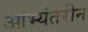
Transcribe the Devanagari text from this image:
आभ्यंतरीन